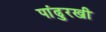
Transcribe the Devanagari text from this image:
पांढुरखी